Indian journal of veterinary science and animal husbandry - Volumes 26-27, 1956-1957
Year: 1956
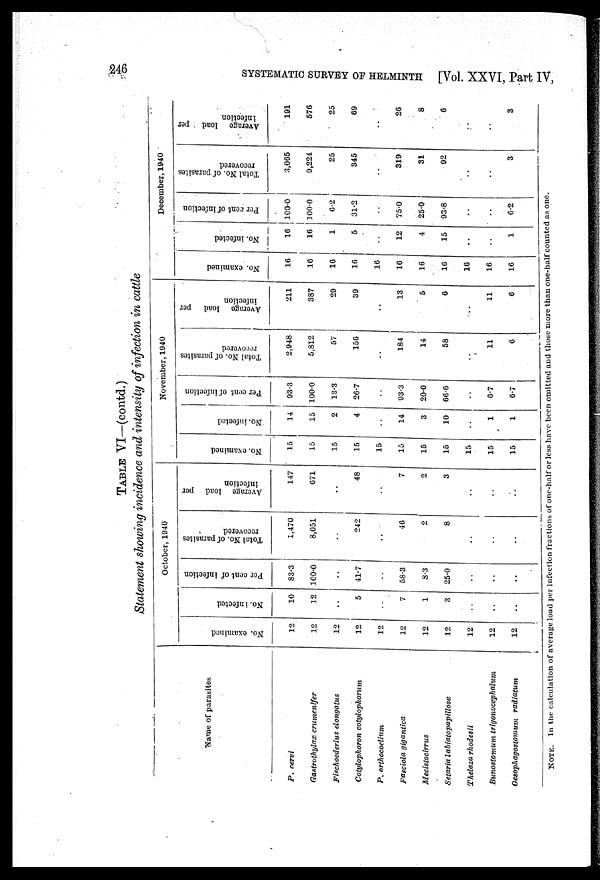
246 SYSTEMATIC SURVEY OF HELMINTH [Vol. XXVI, Part IV,
TABLE VI—(contd.)
Statement showing incidence and intensity of infection in cattle
Name of parasites
P. cervi
Gastrothylax crumenifer
Fischoederius elongatus
Cotylophoron cotylophorum
P. orthocoelium
Fasciola gigantica
Mecistocirrus
Setaria labiatopapillosa
Thelaza rhodesii
Bunostomum trigonocephalum
Oesophagostomum radiatum
October, 1940
No. examined
12
12
12
12
12
12
12
12
12
12
12
No. infected
10
12
. .
5
. .
7
1
3
. .
. .
. .
Per cent of infection
83.3
100.0
. .
41.7
. .
58.3
8.3
25.0
. .
. .
. .
Total No. of parasites
recovered
1,470
8,051
. .
242
..
46
2
8
. .
. .
. .
Average load per
infection
147
671
. .
48
. .
7
2
3
. .
. .
. .
November, 1940
No. examined
15
15
15
15
15
15
15
15
15
15
15
No. infected
14
15
2
4
. .
14
3
10
. .
1
1
Per cent of infection
93.3
100.0
13.3
26.7
. .
93.3
20.0
66.6
. .
6.7
6.7
Total No. of parasites
recovered
2,948
5,812
57
156
. .
184
14
58
. .
11
6
Average load per
infection
211
387
29
39
. .
13
5
6
. .
11
6
December, 1940
No. examined
16
16
16
16
16
16
16
16
16
16
16
No. infected
16
16
1
5
. .
12
4
15
. .
. .
1
Per cent of infection
100.0
100.0
6.2
31.2
. .
75.0
25.0
93.8
. .
. .
6.2
Total No. of parasites
recovered
3,065
9,224
25
345
. .
319
31
92
. .
. .
3
Average load per
infection
191
576
25
69
. .
26
8
6
. .
. .
3
NOTE. In the calculation of average load per infection fractions of one-half or less have been omitted and those more than one-half counted as one.